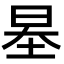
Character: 𡋵